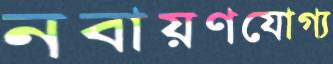
নবায়ণযোগ্য